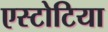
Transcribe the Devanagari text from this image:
एस्टोटिया